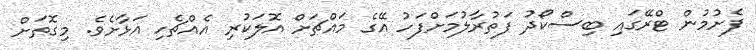
ފެށުމުން ޓްރޭގައި ބިސްކޯދު ފަތުރާލުމަށްފަހު އޭގެ މައްޗަށް އޮލަކުރި އެއްޗެހި އަޅާށެވެ. މިގޮތަށް